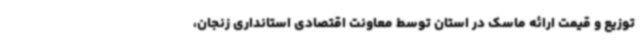
توزیع و قیمت ارائه ماسک در استان توسط معاونت اقتصادی استانداری زنجان،